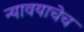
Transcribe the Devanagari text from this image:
न्यावयाचेच